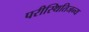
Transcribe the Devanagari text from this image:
परीस्थितिजन्य